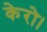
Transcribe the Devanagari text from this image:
केरो।